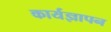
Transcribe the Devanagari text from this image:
कार्यज्ञापन